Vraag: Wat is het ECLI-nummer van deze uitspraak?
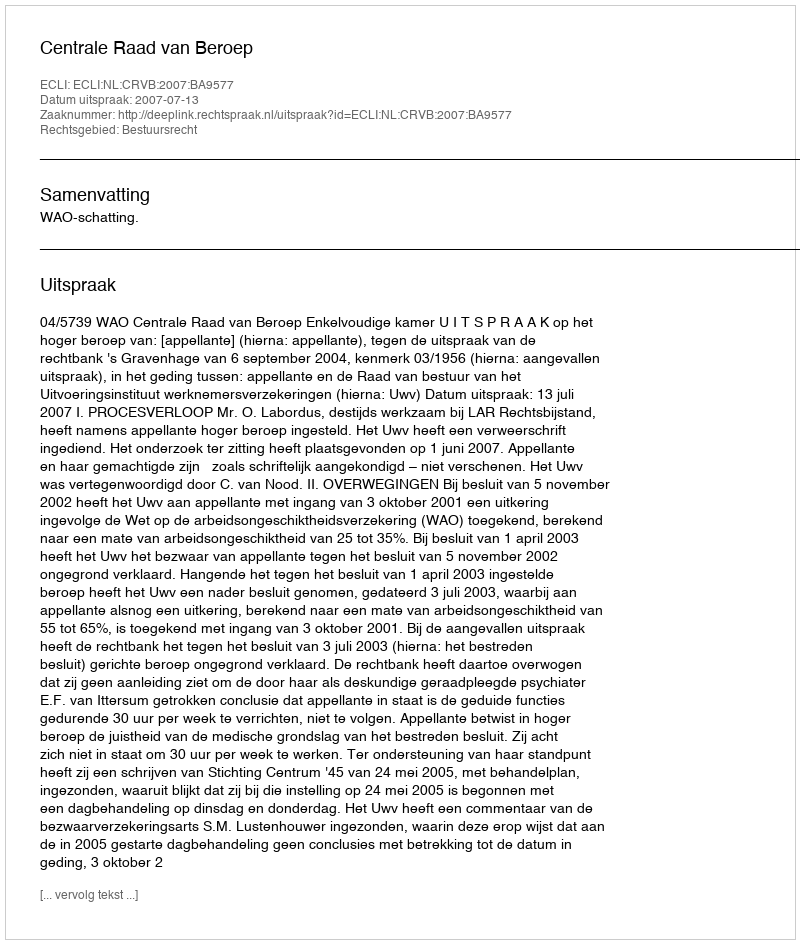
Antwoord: ECLI:NL:CRVB:2007:BA9577